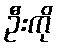
ဦးကို